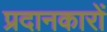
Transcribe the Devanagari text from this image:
प्रदानकारों